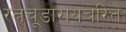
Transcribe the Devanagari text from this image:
रत्नचूडारायचरित